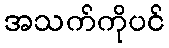
အသက်ကိုပင်